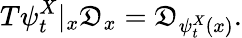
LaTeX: T\psi_{t}^{X}|_{x}\mathfrak{D}_{x}=\mathfrak{D}_{\psi_{t}^{X}(x)}.